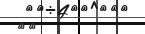
٧٢